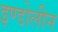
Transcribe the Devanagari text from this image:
इण्डोलीन